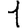
Digit: 1